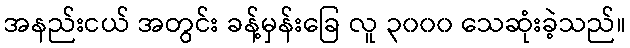
အနည်းငယ် အတွင်း ခန့်မှန်းခြေ လူ ၃၀၀၀ သေဆုံးခဲ့သည်။